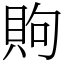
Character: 䝭